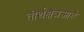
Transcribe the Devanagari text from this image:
तीर्थक्षेत्रआहे